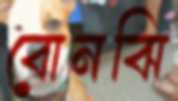
বোনঝি